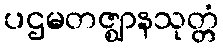
ပဌမတဇ္ဈာနသုတ္တံ